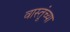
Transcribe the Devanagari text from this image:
वास्तूंच्या